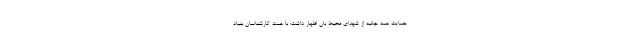
حمایت همه جانبه از شهدای محیط بان اظهار داشت: با همت کارشناسان بنیاد